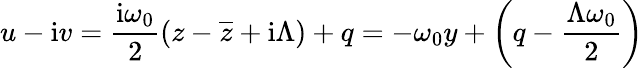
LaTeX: u-\mathrm{i}v={\frac{\mathrm{i}\omega_{0}}{2}}(z-\overline{{z}}+\mathrm{i}\Lambda)+q=-{\omega_{0}y}+\left(q-{\frac{\Lambda\omega_{0}}{2}}\right)